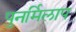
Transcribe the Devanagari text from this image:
पुनर्मिलाप